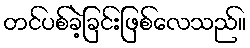
တင်ပစ်ခဲ့ခြင်းဖြစ်လေသည်။